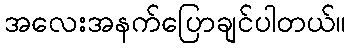
အလေးအနက်ပြောချင်ပါတယ်။